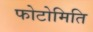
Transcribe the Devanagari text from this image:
फोटोमिति